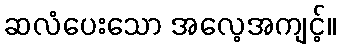
ဆလံပေးသော အလေ့အကျင့်။